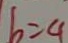
b = 4